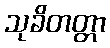
သုခိတတ္တာ